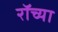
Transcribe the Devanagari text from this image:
रॉच्या